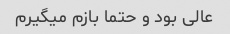
عالی بود و حتما بازم میگیرم